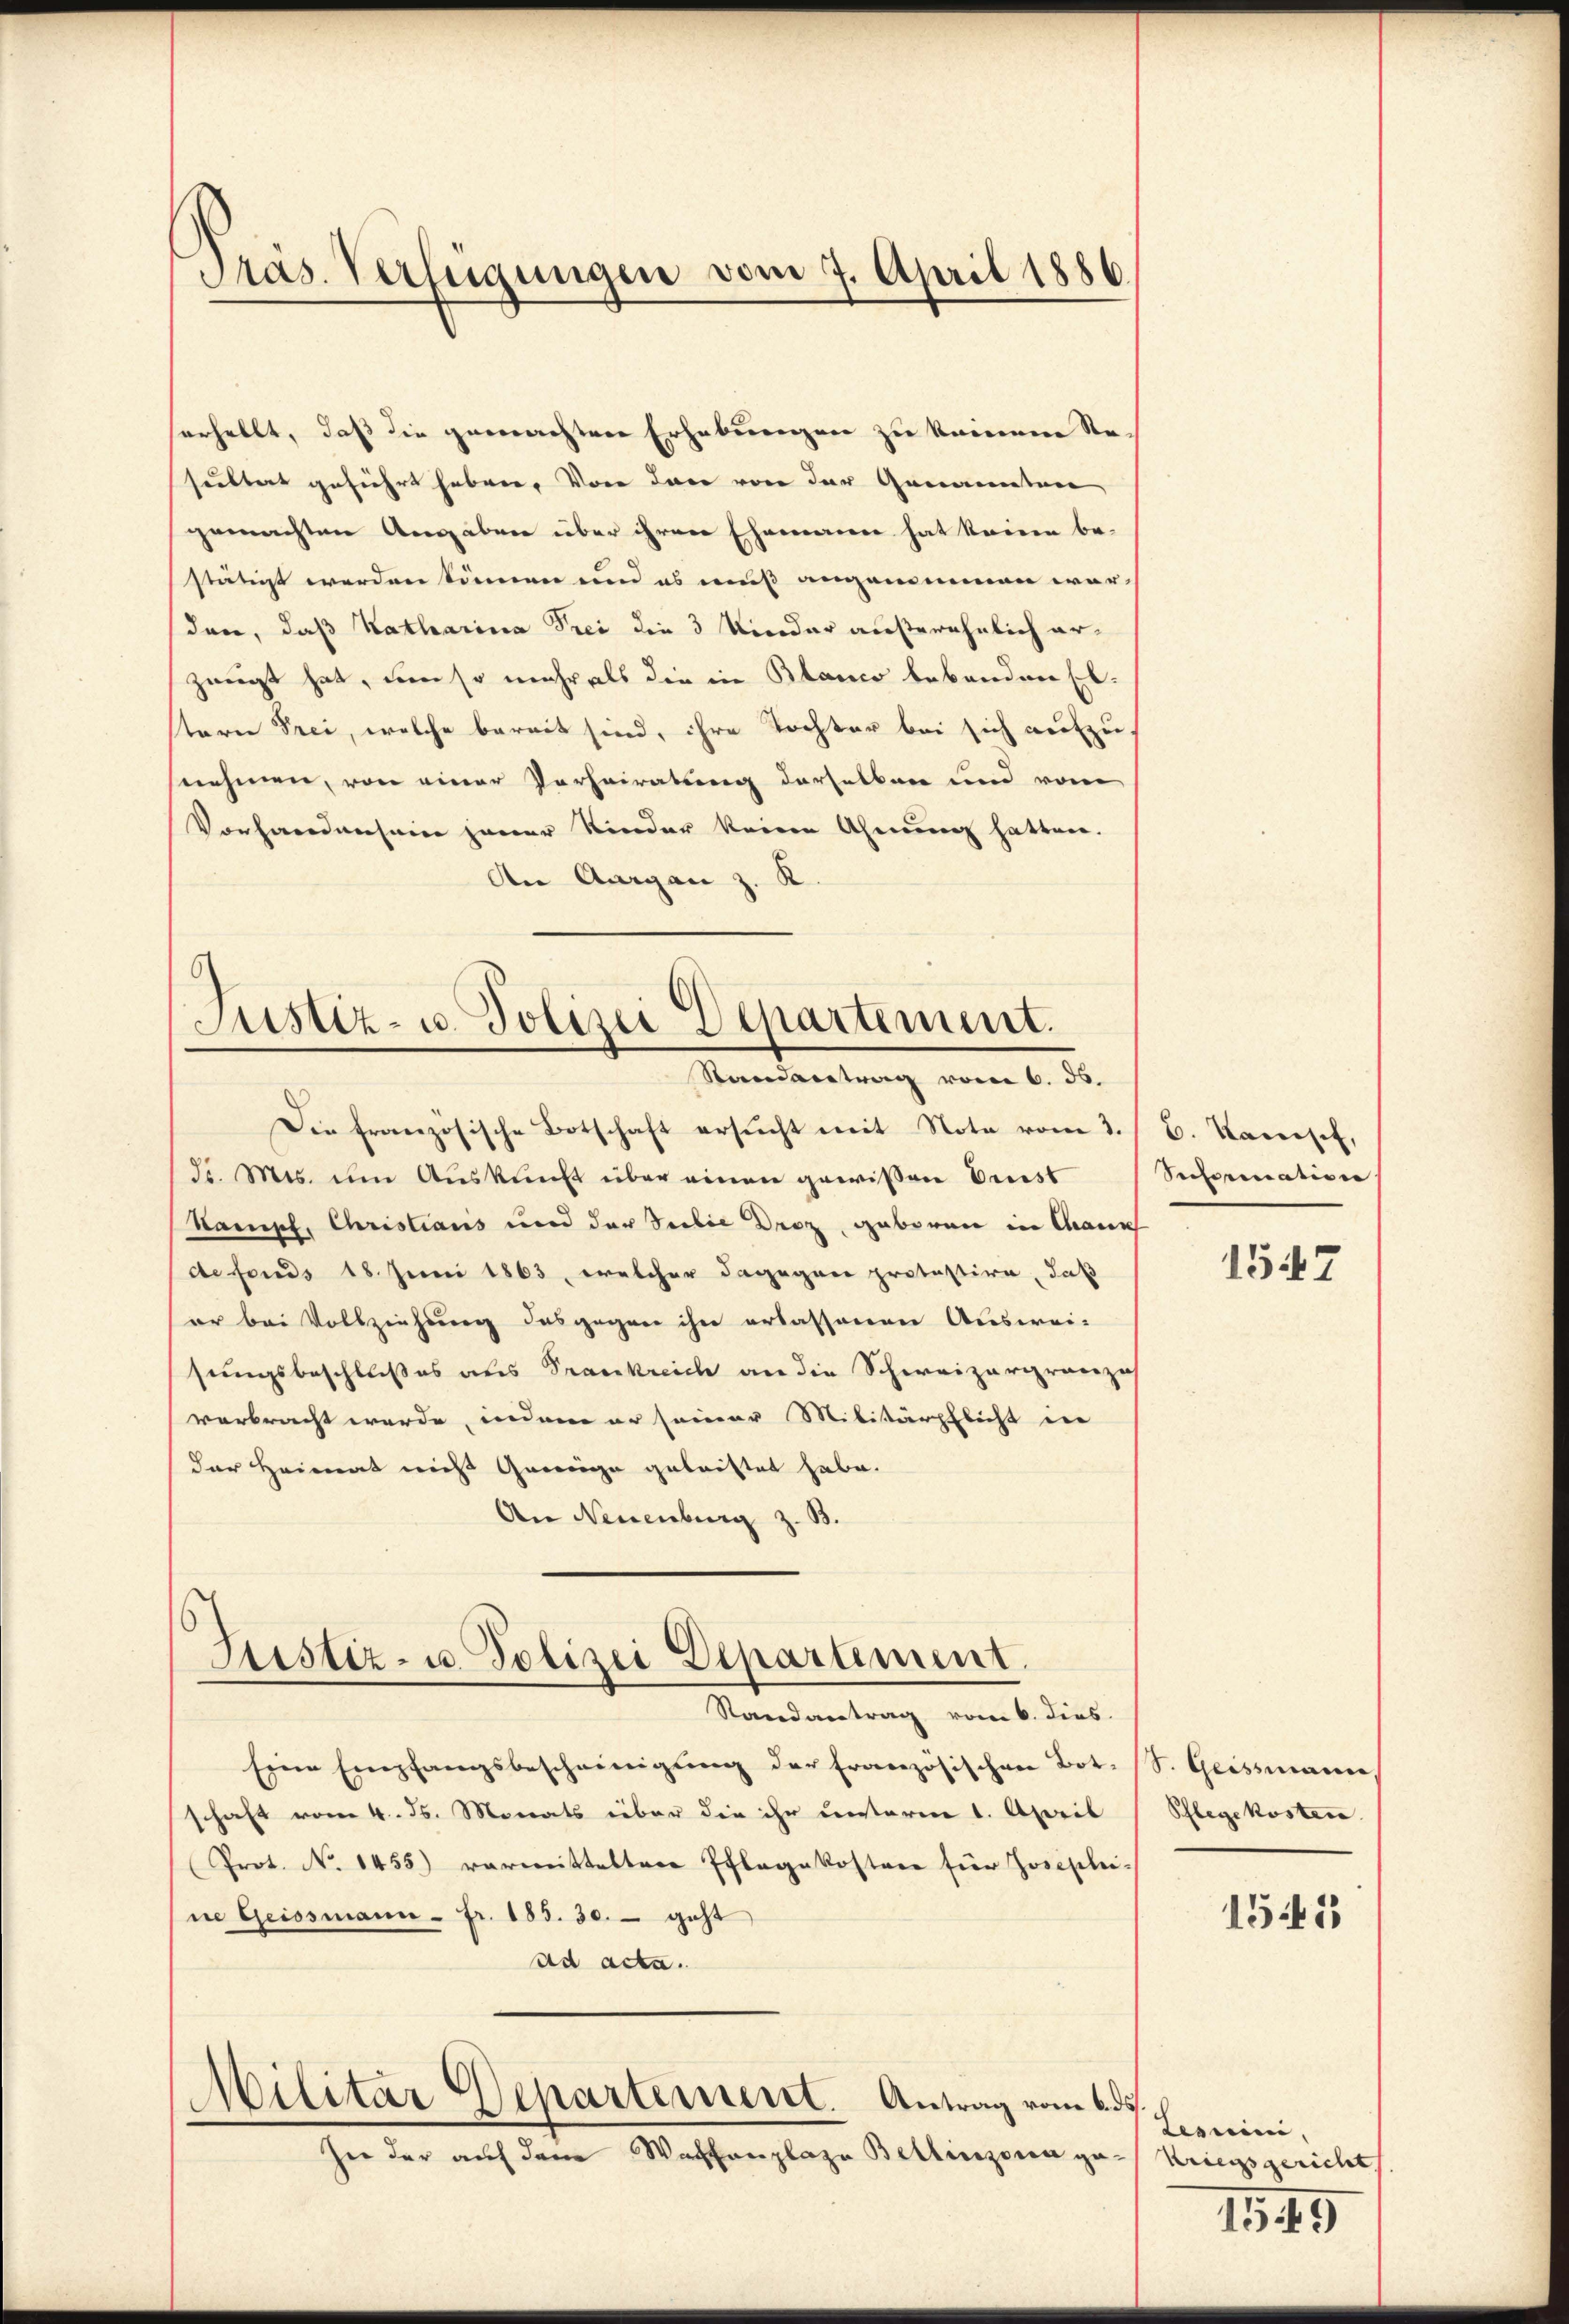
Präs. Verfügungen vom 7. April 1886.

serhellt, daß die gemachtere Erhebungen zu keinen Re-
sultert geführt haben. Von der von der Genannten
gemachten Angaben über ihrer Ehemann hat keinen be-
stätigt werden können und es muß angenommen war-
den, daß Katharina Frei die 3 Nieder außerehelich erzeugt hat, um so mehr als die in Blanco bebanden Erb-
stern Frei, welche bereit sind, ihre Tochter bei sich aufzusnehmen, von einer Parheiratung derselben und vom
Vorhandensein jener Nieder keine Ahnung hatten.
Die Aargau z. K.

Justiz- u. Polizei Departement.
Randantrag vom 6. ds.

Die französische Botschaft ersŭcht mit Note vom 3. / B. Kampf,
Jr. Mts. um Auskunft über einen gewißen Erst
Kampf, Christianis und der Teilie Droz, geboren in Chaux
de fonds 18. Juni 1863, welcher dagegene protestire, daß
er bei Vollziehung des gegen ihn erlassenen Auswei-
sungsbeschlußes aus Prankreich an die Schweizergranzi
verbracht werde, indem er seiner Militärpflicht der
der Heimat nicht Gewige getriftet habe.
An Neuenburg z. B.

Justiz- u. Polizei Departement.
Randantrag vom 6. dies

Eine Empfangsbescheinigŭng der Französischen Bot. S. Geissmanne,
schaft vom 4. ds. Monats über die ihr unteren 1. April
Prot. N. 1455) vormitteltere Pflegekostere für Josephei-
ne Geissmann - Fr. 183. 30. geht
ad acta.
Militar Departement. Antrag vom 6. ds.
hie der auf dem Waffenplaze Bellinzona ga-Kriegsgerichts

Sectoration

1547

Schlegekosten.
1545

Leruini.

1549